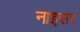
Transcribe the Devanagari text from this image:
नाइसर